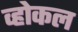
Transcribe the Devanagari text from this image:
व्होकल